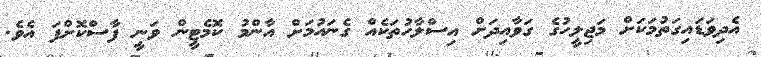
އެދިވަޑައިގަތުމަކަށް މަޖިލީހުގެ ގަވާއިދަށް އިސްލާހުތަކެއް ގެނައުމަށް އާންމު ކޮމެޓީން ވަނީ ފާސްކޮށްފަ އެވެ.